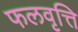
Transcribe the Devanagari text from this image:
फलवृत्ति